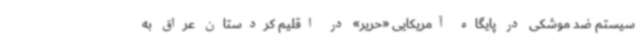
سیستم ضد موشکی در پایگاه آمریکایی «حریر» در اقلیم کردستان عراق به